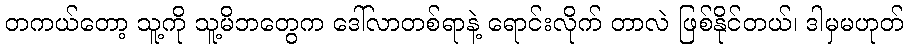
တကယ်တော့ သူ့ကို သူ့မိဘတွေက ဒေါ်လာတစ်ရာနဲ့ ရောင်းလိုက် တာလဲ ဖြစ်နိုင်တယ်၊ ဒါမှမဟုတ်